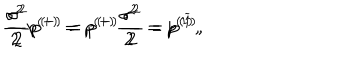
LaTeX: \frac { \sigma ^ { 2 } } 2 p ^ { ( + ) } = p ^ { ( + ) } \frac { \sigma ^ { 2 } } 2 = p ^ { ( 1 ) } , \hspace { 0 . 3 i n } \frac { \sigma ^ { 2 } } 2 p ^ { ( - ) } = p ^ { ( - ) } \frac { \sigma ^ { 2 } } 2 = p ^ { ( \widetilde { 1 } ) } ,